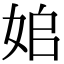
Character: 𡜥